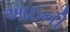
આઇની